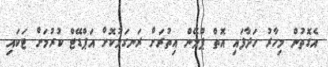
އެގޮތުން މިހާރު ހަދާފައި އޮތް ޕްލޭން އިތުރަށް ރަނގަޅުކޮށް އަޕްޑޭޓް ކުރުމަށް ޓަކައި